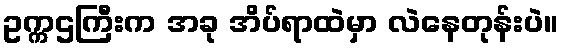
ဥက္ကဌကြီးက အခု အိပ်ရာထဲမှာ လဲနေတုန်းပဲ။